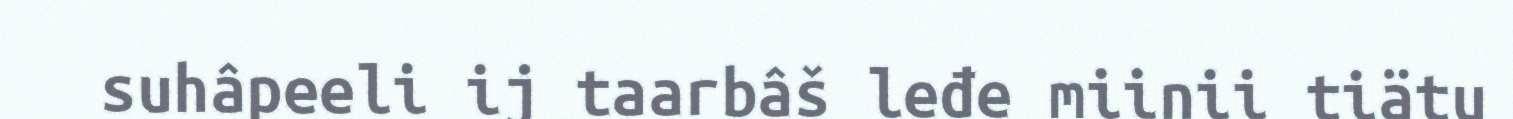
suhâpeeli ij taarbâš leđe miinii tiätu